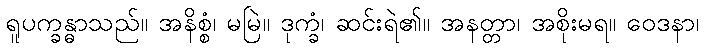
ရူပက္ခန္ဓာသည်။ အနိစ္စံ၊ မမြဲ။ ဒုက္ခံ၊ ဆင်းရဲ၏။ အနတ္တာ၊ အစိုးမရ။ ဝေဒနာ၊